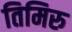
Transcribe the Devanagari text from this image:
तिमिरु